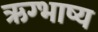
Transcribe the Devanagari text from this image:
ऋग्भाष्य